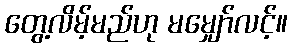
တွေ့လိမ့်မည်ဟု မမျှော်လင့်။